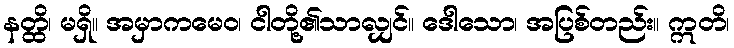
နတ္ထိ၊ မရှိ။ အမှာကမေဝ၊ ငါတို့၏သာလျှင်။ ဒေါသော၊ အပြစ်တည်း။ ဣတိ၊